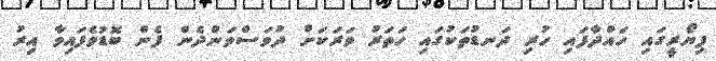
ފިޔޯރީގައި ހައްދާފައި ހުރި ދަނޑުތަކުގައި ހަތަރު ވަރަކަށް ދުވަސްވަންދެން ފެން ބޮޑުވެފައިވާ އިރު